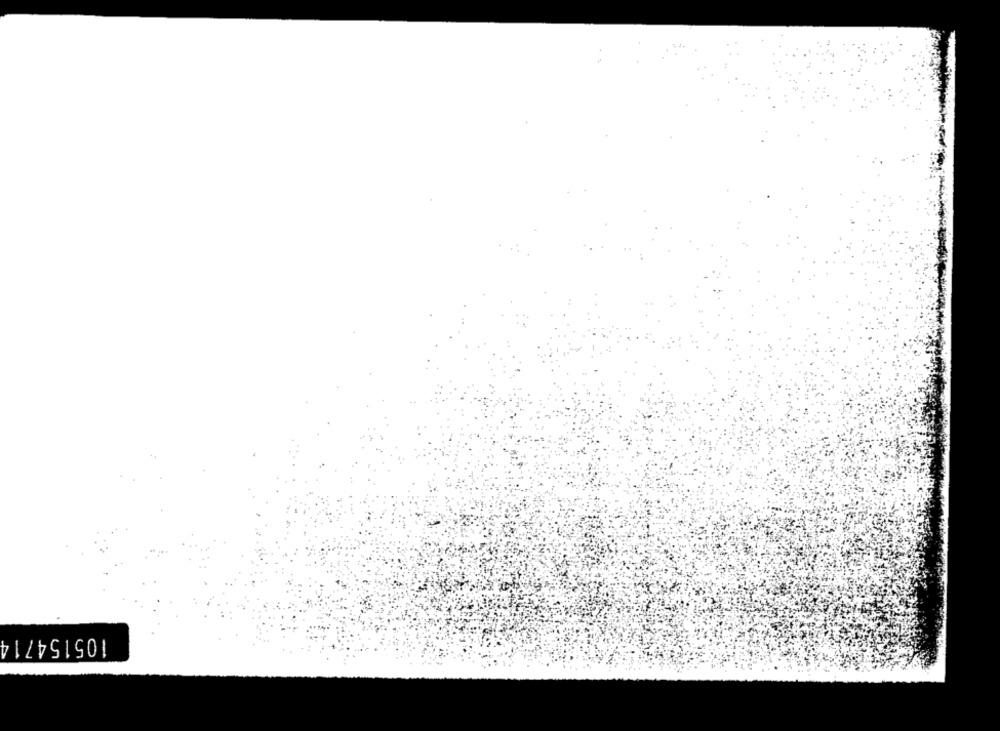
105154714